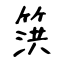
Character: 篊